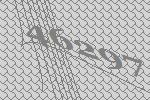
46297